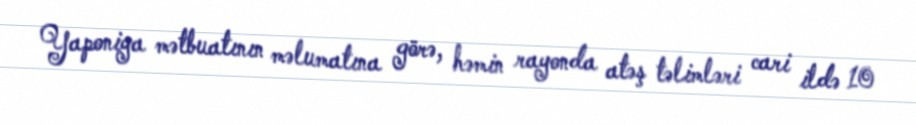
Yaponiya mətbuatının məlumatına görə, həmin rayonda atəş təlimləri cari ildə 10